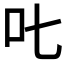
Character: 𠮟